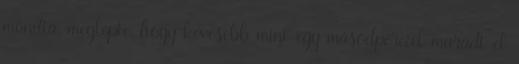
mondta, meglepte, hogy kevesebb mint egy másodperccel maradt el